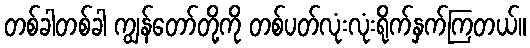
တစ်ခါတစ်ခါ ကျွန်တော်တို့ကို တစ်ပတ်လုံးလုံးရိုက်နှက်ကြတယ်။